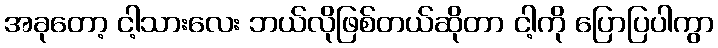
အခုတော့ ငါ့သားလေး ဘယ်လိုဖြစ်တယ်ဆိုတာ ငါ့ကို ပြောပြပါကွာ